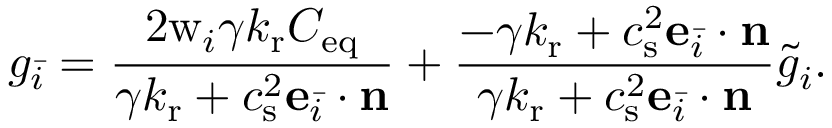
g _ { \bar { i } } = \frac { 2 \mathrm { w } _ { i } \gamma k _ { \mathrm { r } } C _ { \mathrm { e q } } } { \gamma k _ { \mathrm { r } } + c _ { \mathrm { s } } ^ { 2 } \mathbf { e } _ { \bar { i } } \cdot \mathbf { n } } + \frac { - \gamma k _ { \mathrm { r } } + c _ { \mathrm { s } } ^ { 2 } \mathbf { e } _ { \bar { i } } \cdot \mathbf { n } } { \gamma k _ { \mathrm { r } } + c _ { \mathrm { s } } ^ { 2 } \mathbf { e } _ { \bar { i } } \cdot \mathbf { n } } \tilde { g } _ { i } .